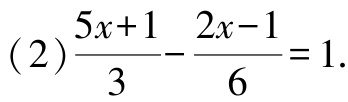
(2)$\frac{5x + 1}{3}-\frac{2x - 1}{6}=1$.